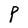
Character: P